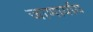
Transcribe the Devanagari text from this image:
जाणार्याय